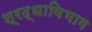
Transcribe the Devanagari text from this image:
श्रद्धाविभाग